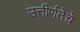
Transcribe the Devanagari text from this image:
उत्तीर्णतेचे